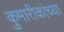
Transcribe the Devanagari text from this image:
कुमारीकांच्या